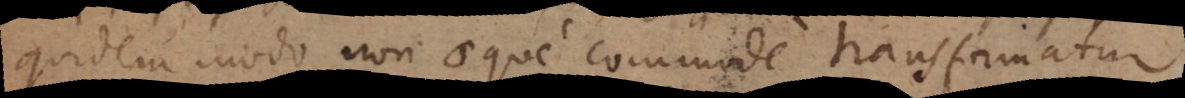
quidem modo non aeque commode transformatur,